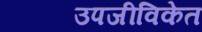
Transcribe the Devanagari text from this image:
उपजीविकेत